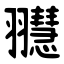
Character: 䎚